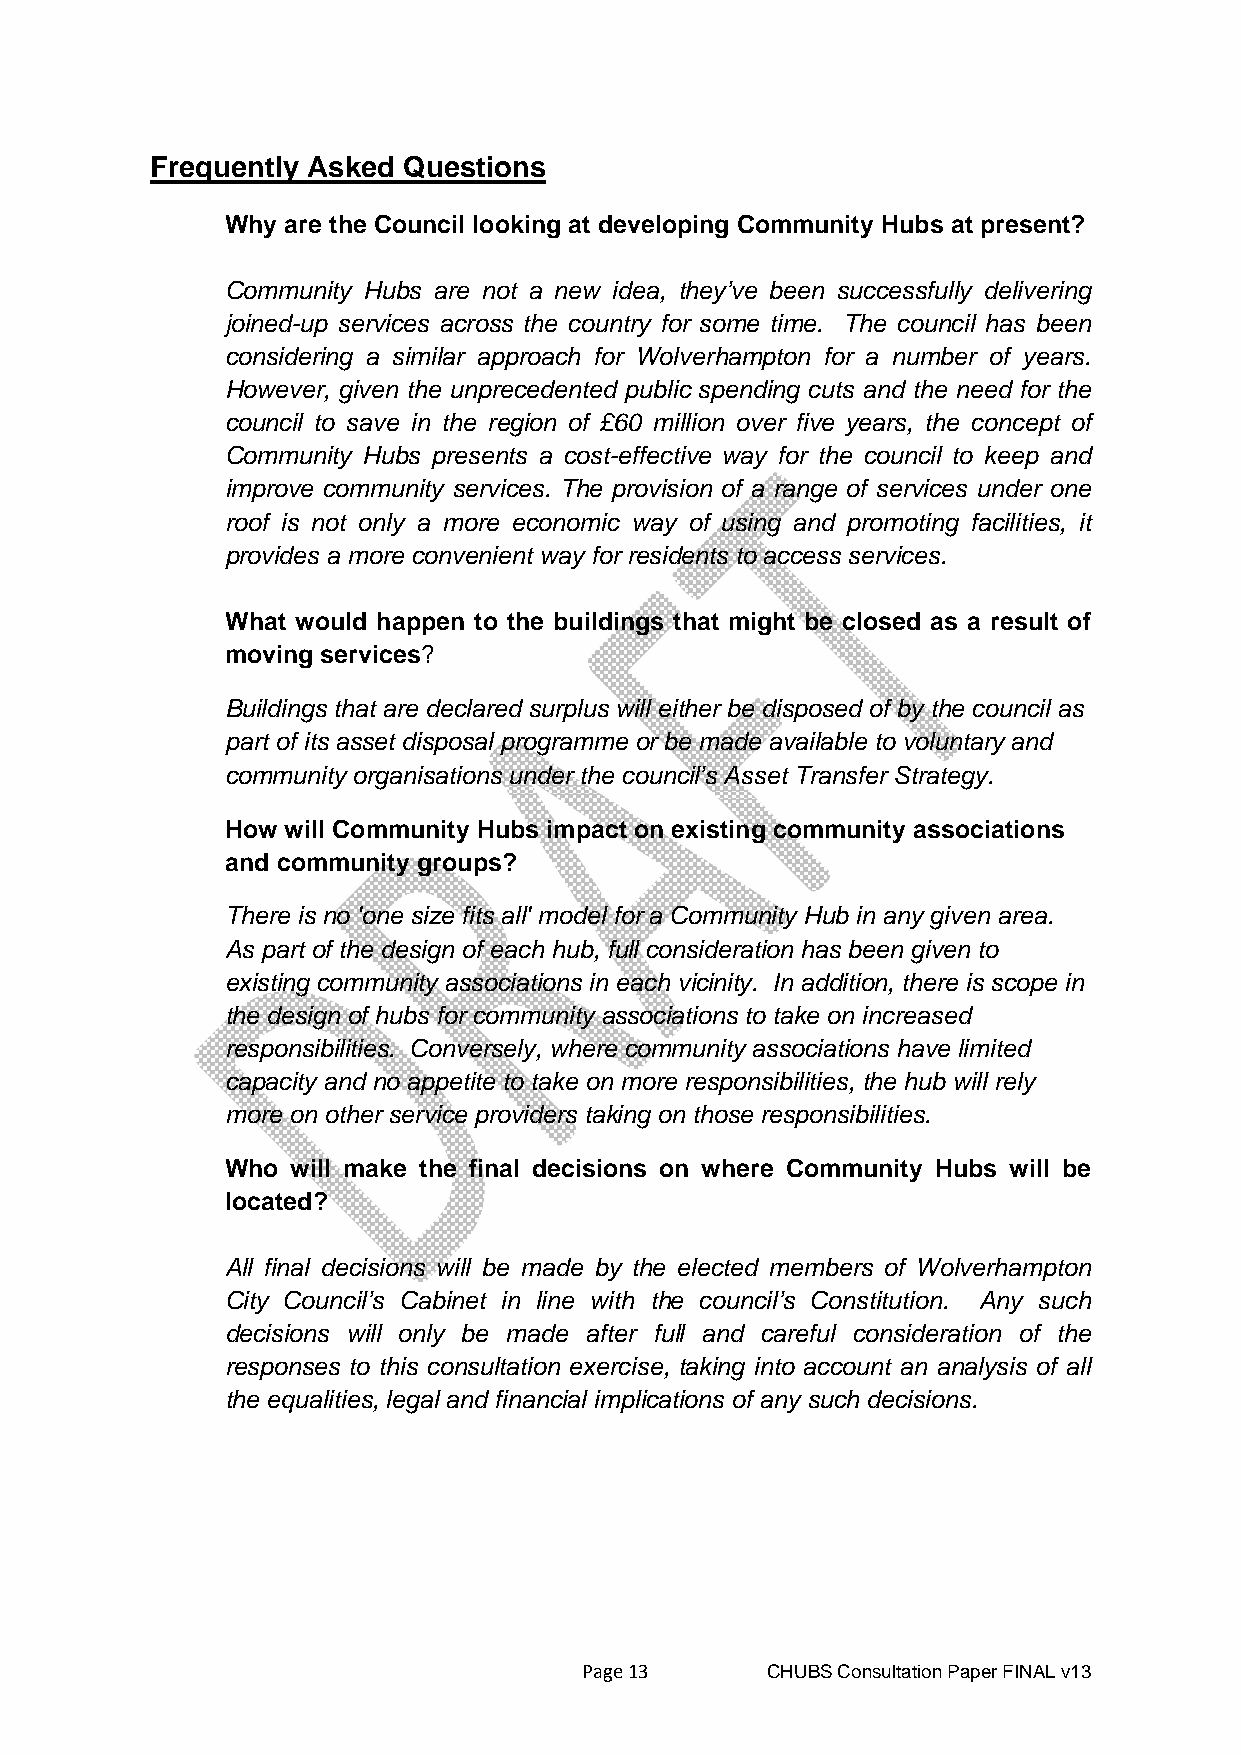
Frequently Asked Questions
 Why are the Council looking at developing Community Hubs at present?
 Community Hubs are not a new idea, they’ve been successfully delivering
 joined-up services across the country for some time. The council has been
 considering a similar approach for Wolverhampton for a number of years.
 However, given the unprecedented public spending cuts and the need for the
 council to save in the region of £60 million over five years, the concept of
 Community Hubs presents a cost-effective way for the council to keep and
 improve community services. The provision of a range of services under one
 roof is not only a more economic way of using and promoting facilities, it
 provides a more convenient way for residents to access services.
 What would happen to the buildings that might be closed as a result of
 moving services?
 Buildings that are declared surplus will either be disposed of by the council as
 part of its asset disposal programme or be made available to voluntary and
 community organisations under the council’s Asset Transfer Strategy.
 How will Community Hubs impact on existing community associations
 and community groups?
 There is no 'one size fits all' model for a Community Hub in any given area.
 As part of the design of each hub, full consideration has been given to
 existing community associations in each vicinity. In addition, there is scope in
 the design of hubs for community associations to take on increased
 responsibilities. Conversely, where community associations have limited
 capacity and no appetite to take on more responsibilities, the hub will rely
 more on other service providers taking on those responsibilities.
 Who will make the final decisions on where Community Hubs will be
 located?
 All final decisions will be made by the elected members of Wolverhampton
 City Council’s Cabinet in line with the council’s Constitution. Any such
 decisions will only be made after full and careful consideration of the
 responses to this consultation exercise, taking into account an analysis of all
 the equalities, legal and financial implications of any such decisions.
 Page 13     CHUBS Consultation Paper FINAL v13